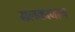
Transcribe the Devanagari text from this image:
मलकाजान